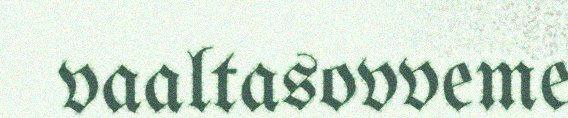
vaaltasovveme